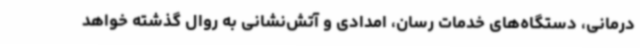
درمانی، دستگاه‌های خدمات رسان، امدادی و آتش‌نشانی به روال گذشته خواهد